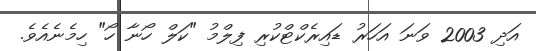
އަދި 2003 ވަނަ އަހަރު ޑައިރެކްޓްކުރި ފިލްމު "ކަލް ހޯނާ ހޯ" ހިމެނެއެވެ.